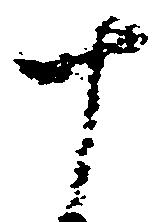
十